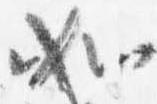
如